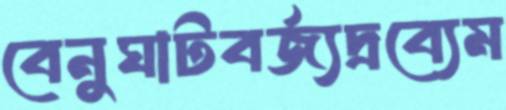
বেনুঘাটবর্জ্যদ্রব্যেম